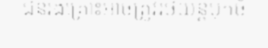
ជនរងគ្រោះអាចត្រូវរថយន្តបុកចំ